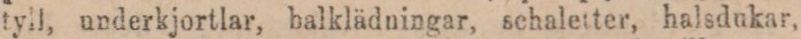
tyll, underkjortlar, balklädningar, schaletter, halsdukar,